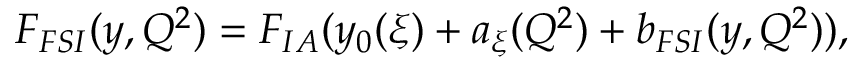
F _ { F S I } ( y , Q ^ { 2 } ) = F _ { I A } ( y _ { 0 } ( \xi ) + a _ { \xi } ( Q ^ { 2 } ) + b _ { F S I } ( y , Q ^ { 2 } ) ) ,